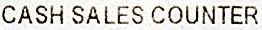
CASH SALES COUNTER